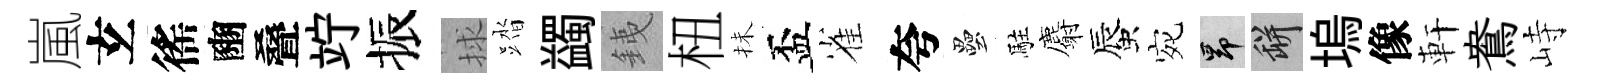
嵐𤣥徭豳叠竚振捄踏蠲銕杻抺盃雀夸壘駐麝蜃宛昂瓶塢像軒鴦峙